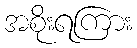
အစိုးရကြား